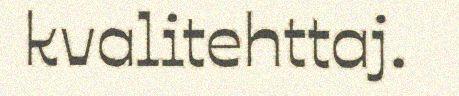
kvalitehttaj.